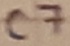
Text: C7